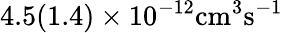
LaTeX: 4.5(1.4)\times 10^{-12}\mathrm{{cm}^{3}\mathrm{{s}^{-1}}}